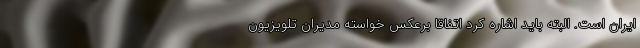
ایران است. البته باید اشاره کرد اتفاقا برعکس خواسته مدیران تلویزیون